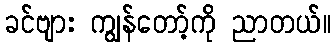
ခင်ဗျား ကျွန်တော့်ကို ညာတယ်။